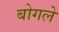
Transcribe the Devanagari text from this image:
बोगले